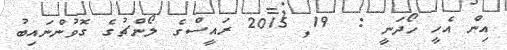
އިން އެހީ ހޯދަނީ :  19